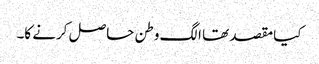
کیا مقصد تھا الگ وطن حاصل کرنے کا۔